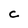
Character: C